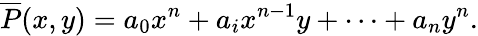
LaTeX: {\overline{{P}}}(x,y)=a_{0}x^{n}+a_{i}x^{n-1}y+\cdots+a_{n}y^{n}.